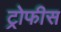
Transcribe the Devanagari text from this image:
ट्रोफीस